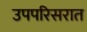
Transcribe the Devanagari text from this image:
उपपरिसरात